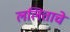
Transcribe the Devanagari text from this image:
ललिताचे